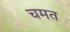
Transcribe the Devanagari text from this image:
चमत